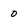
Character: 0